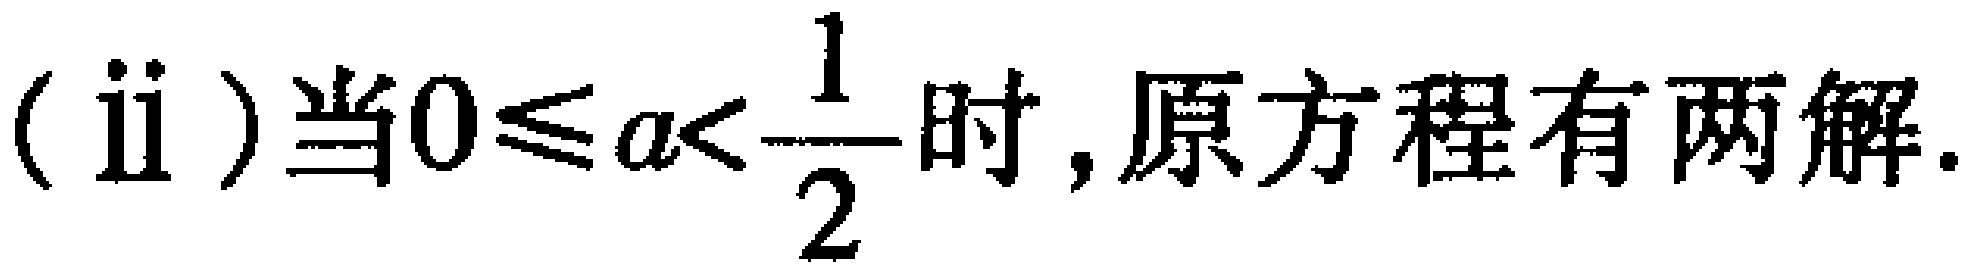
(ii)当\(0\leqslant a<\frac{1}{2}\)时,原方程有两解.